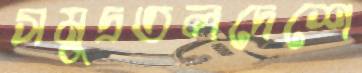
সমুদ্রতলদেশে